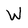
Character: W